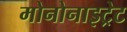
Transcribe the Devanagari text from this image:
मोनोनाइट्रेट